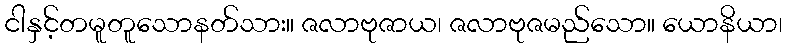
ငါနှင့်တမူတူသောနတ်သား။ ဇလာဗုဇာယ၊ ဇလာဗုဇမည်သော။ ယောနိယာ၊